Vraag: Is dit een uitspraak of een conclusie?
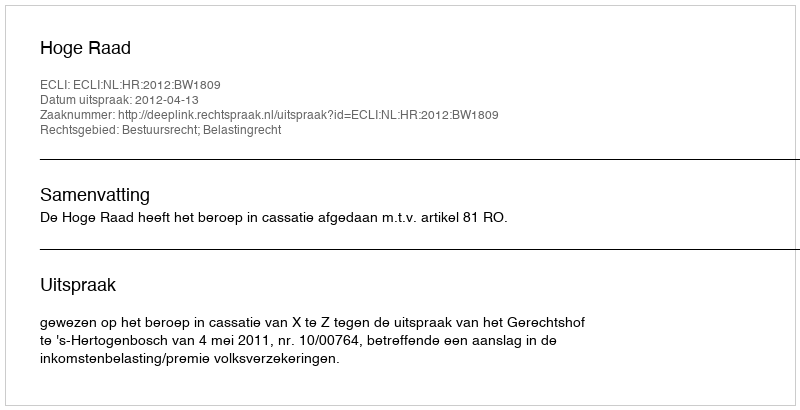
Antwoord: Uitspraak